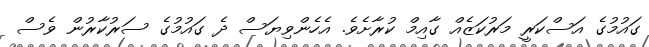
ގައުމުގެ އަސްކަރީ މަރުކަޒެއް ގާއިމް ކުރާށެވެ. އެހެންވިޔަސް ދެ ގައުމުގެ ސަރުކާރުން ވެސް